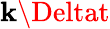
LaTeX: \mathbf{k}\Deltat